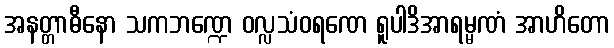
အနတ္တာဓီနော သကဘဏ္ဍေ ဝလ္လသံဝရဏေ ရူပါဒိအာရမ္မဏံ အာဟိတော